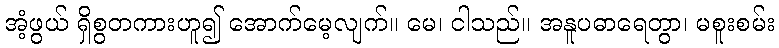
အံ့ဖွယ် ရှိစွတကားဟူ၍ အောက်မေ့လျက်။ မေ၊ ငါသည်။ အနူပဓာရေတွာ၊ မစူးစမ်း